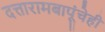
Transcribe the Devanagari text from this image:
दत्तारामबापूंचेही